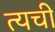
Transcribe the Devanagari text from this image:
त्यची